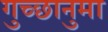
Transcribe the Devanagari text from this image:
गुच्छानुमा